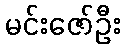
မင်းဇော်ဦး